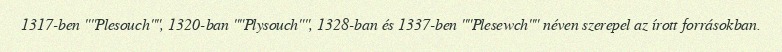
1317-ben ""Plesouch"", 1320-ban ""Plysouch"", 1328-ban és 1337-ben ""Plesewch"" néven szerepel az írott forrásokban.